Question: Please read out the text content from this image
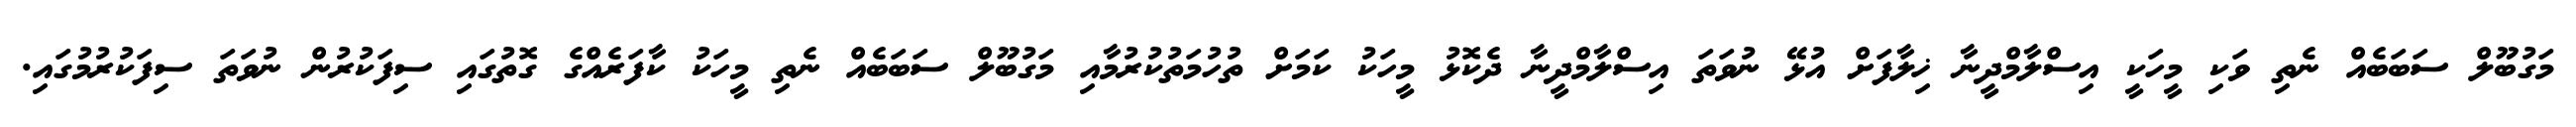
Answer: މަގުބޫލް ސަބަބެއް ނެތި ވަކި މީހަކީ އިސްލާމްދީނާ ޚިލާފަށް އުޅޭ ނުވަތަ އިސްލާމްދީނާ ދެކޮޅު މީހަކު ކަމަށް ތުހުމަތުކުރުމާއި މަގުބޫލް ސަބަބެއް ނެތި މީހަކު ކާފަރެއްގެ ގޮތުގައި ސިފަކުރުން ނުވަތަ ސިފަކުރުމުގައި.